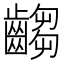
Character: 齺